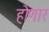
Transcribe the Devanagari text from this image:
हॊणार